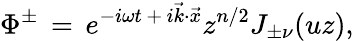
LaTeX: \Phi^{\pm}\, =\, e^{-i\omega t\, +\, i\vec{k}\cdot\vec{x}}z^{n/2}J_{\pm\nu}(uz),